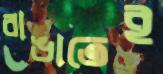
রাঙাতেই